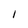
Character: 1